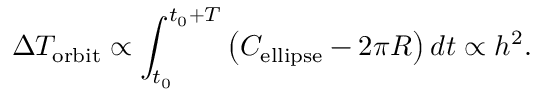
\Delta T _ { \mathrm { o r b i t } } \propto \int _ { t _ { 0 } } ^ { t _ { 0 } + T } \left( C _ { \mathrm { e l l i p s e } } - 2 \pi R \right) d t \propto h ^ { 2 } .